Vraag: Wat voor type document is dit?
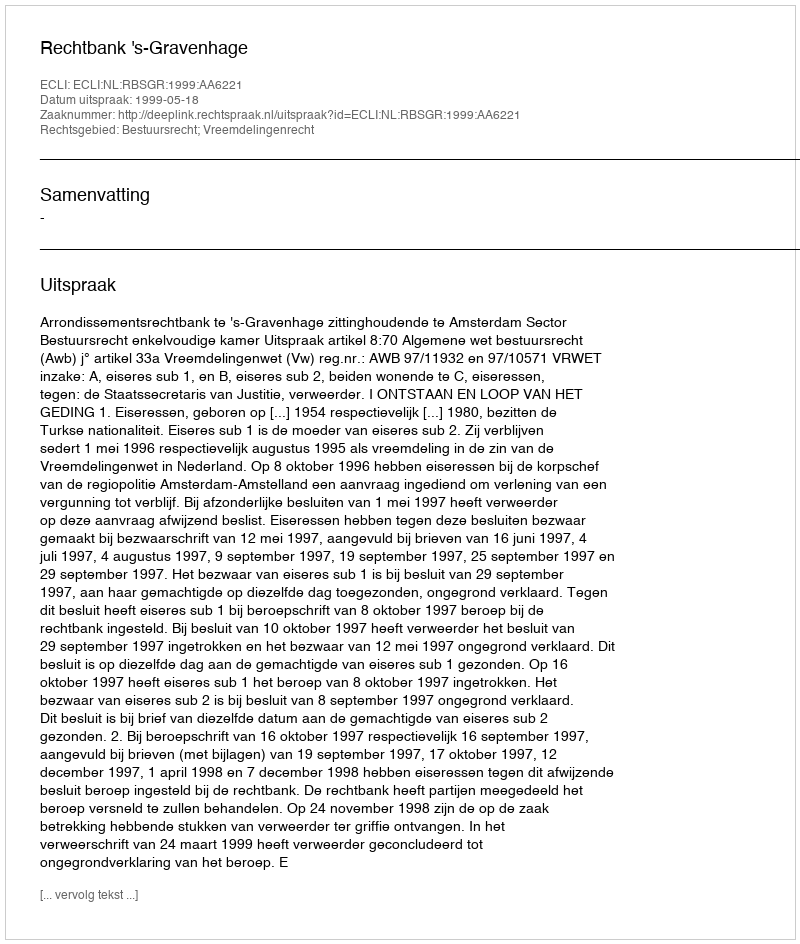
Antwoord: Uitspraak